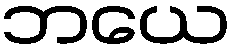
ဘယေ